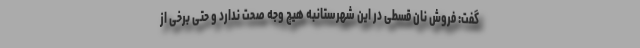
گفت: فروش نان قسطی در این شهرستانبه هیچ وجه صحت ندارد و حتی برخی از